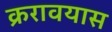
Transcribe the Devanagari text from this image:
क्ररावयास